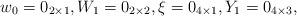
LaTeX: \begin{align*}w_0 = 0_{2\times 1},W_1 = 0_{2\times 2},\xi = 0_{4\times 1},Y_1 = 0_{4\times 3},\end{align*}